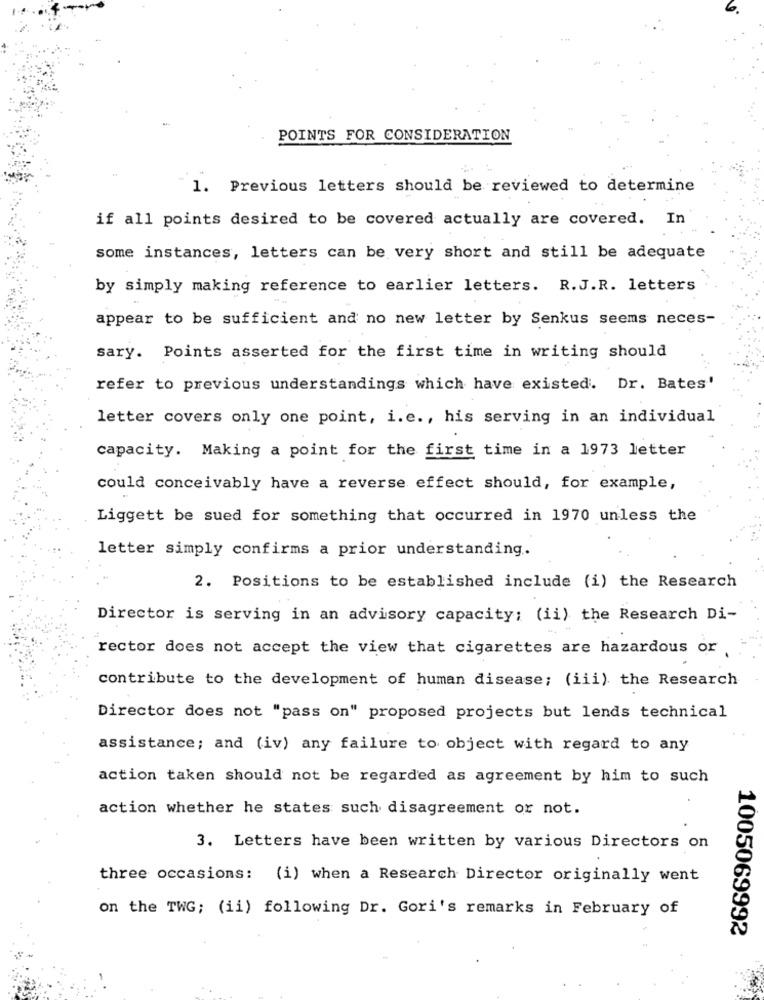
6
POINTS FOR CONSIDERATION
1. Previous letters should be reviewed to determine
if all points desired to be covered actually are covered. In
some instances, letters can be very short and still be adequate
by simply making reference to earlier letters. R.J.R. letters
appear to be sufficient and no new letter by Senkus seems neces-
sary. Points asserted for the first time in writing should
refer to previous understandings which have existed. Dr. Bates'
letter covers only one point, i. e ., his serving in an individual
capacity. Making a point for the first time in a 1973 letter
could conceivably have a reverse effect should, for example,
Liggett be sued for something that occurred in 1970 unless the
letter simply confirms a prior understanding.
2. Positions to be established include (i) the Research
Director is serving in an advisory capacity; (ii) the Research Di-
rector does not accept the view that cigarettes are hazardous or
contribute to the development of human disease; (iii) the Research
Director does not "pass on" proposed projects but lends technical
assistance; and (iv) any failure to object with regard to any
action taken should not be regarded as agreement by him to such
action whether he states such disagreement or not.
3. Letters have been written by various Directors on
three occasions: (i) when a Research Director originally went
on the TWG; (ii) following Dr. Gori's remarks in February of
1005069992